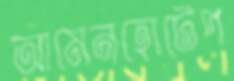
আমেনহোটেপ